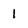
Character: 1